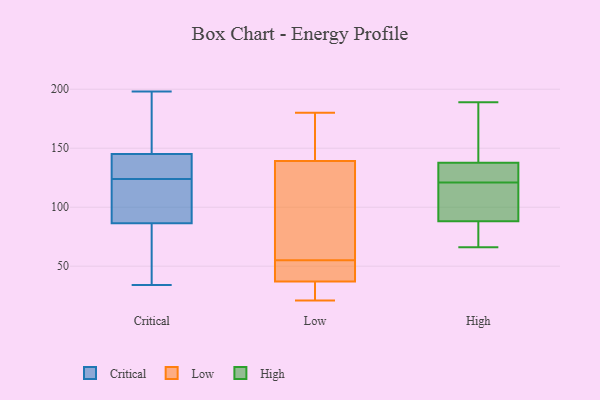
{"axis": {"x": "LTV (USD)", "y": "Value"}, "legend": ["Critical", "High", "Low"], "data": [{"x": "", "y": 145, "type": "Critical"}, {"x": "", "y": 182, "type": "Critical"}, {"x": "", "y": 34, "type": "Critical"}, {"x": "", "y": 145, "type": "Critical"}, {"x": "", "y": 158, "type": "Critical"}, {"x": "", "y": 116, "type": "Critical"}, {"x": "", "y": 63, "type": "Critical"}, {"x": "", "y": 126, "type": "Critical"}, {"x": "", "y": 126, "type": "Critical"}, {"x": "", "y": 132, "type": "Critical"}, {"x": "", "y": 40, "type": "Critical"}, {"x": "", "y": 153, "type": "Critical"}, {"x": "", "y": 100, "type": "Critical"}, {"x": "", "y": 99, "type": "Critical"}, {"x": "", "y": 198, "type": "Critical"}, {"x": "", "y": 97, "type": "Critical"}, {"x": "", "y": 76, "type": "Critical"}, {"x": "", "y": 140, "type": "Critical"}, {"x": "", "y": 64, "type": "Critical"}, {"x": "", "y": 122, "type": "Critical"}, {"x": "", "y": 142, "type": "Low"}, {"x": "", "y": 100, "type": "Low"}, {"x": "", "y": 146, "type": "Low"}, {"x": "", "y": 40, "type": "Low"}, {"x": "", "y": 50, "type": "Low"}, {"x": "", "y": 23, "type": "Low"}, {"x": "", "y": 55, "type": "Low"}, {"x": "", "y": 131, "type": "Low"}, {"x": "", "y": 21, "type": "Low"}, {"x": "", "y": 36, "type": "Low"}, {"x": "", "y": 180, "type": "Low"}, {"x": "", "y": 129, "type": "High"}, {"x": "", "y": 146, "type": "High"}, {"x": "", "y": 136, "type": "High"}, {"x": "", "y": 121, "type": "High"}, {"x": "", "y": 143, "type": "High"}, {"x": "", "y": 90, "type": "High"}, {"x": "", "y": 189, "type": "High"}, {"x": "", "y": 136, "type": "High"}, {"x": "", "y": 75, "type": "High"}, {"x": "", "y": 82, "type": "High"}, {"x": "", "y": 105, "type": "High"}, {"x": "", "y": 118, "type": "High"}, {"x": "", "y": 66, "type": "High"}]}